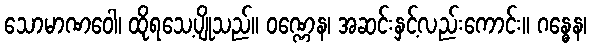
သောမာဏဝေါ၊ ထိုရသေ့ပျိုသည်။ ဝဏ္ဏေန၊ အဆင်းနှင့်လည်းကောင်း။ ဂန္ဓေန၊